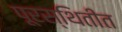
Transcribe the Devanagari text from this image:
पूरस्थितीत